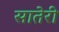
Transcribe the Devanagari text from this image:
सातेरी